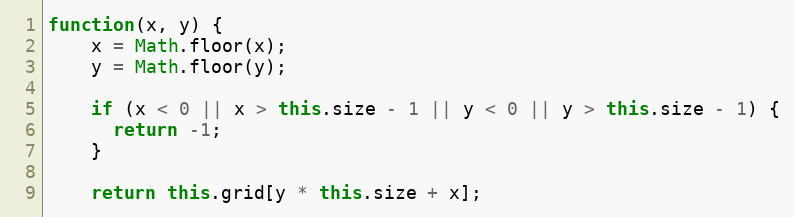
Language: JavaScript
function(x, y) {
    x = Math.floor(x);
    y = Math.floor(y);

    if (x < 0 || x > this.size - 1 || y < 0 || y > this.size - 1) {
      return -1;
    }

    return this.grid[y * this.size + x];